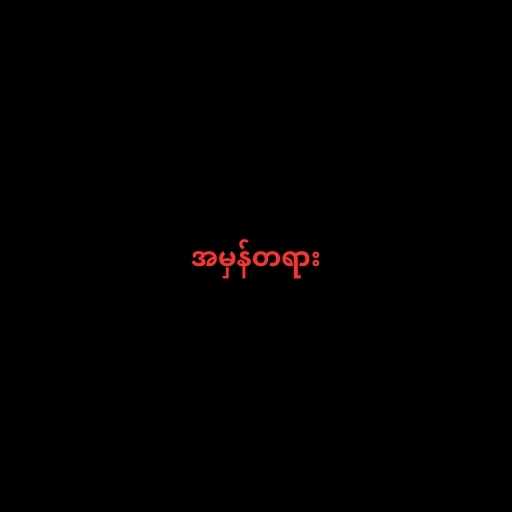
အမှန်တရား